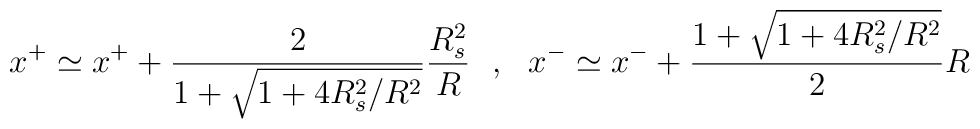
x^+ \simeq x^+ + \frac{2}{1+ \sqrt{ 1 + 4 R_s^2 / R^2 }}                    \frac{R_s^2}{R} \ \ , \ \    x^- \simeq x^- + \frac{1+ \sqrt{ 1 + 4 R_s^2 / R^2 }}{2} R